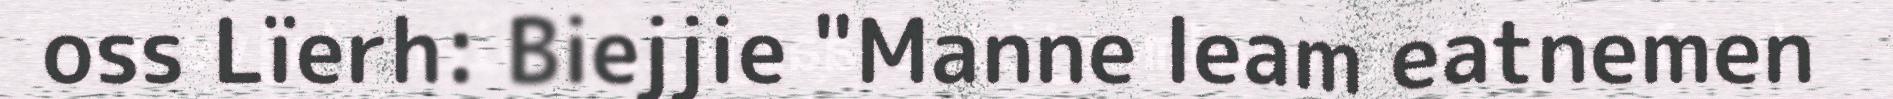
oss Lïerh: Biejjie "Manne leam eatnemen